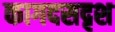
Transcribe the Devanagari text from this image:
कागदसदृश